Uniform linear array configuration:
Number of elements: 4
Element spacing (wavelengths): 0.25
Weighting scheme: hamming
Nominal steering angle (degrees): -45
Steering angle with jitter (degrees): -43.494
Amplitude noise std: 0.05
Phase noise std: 0.05

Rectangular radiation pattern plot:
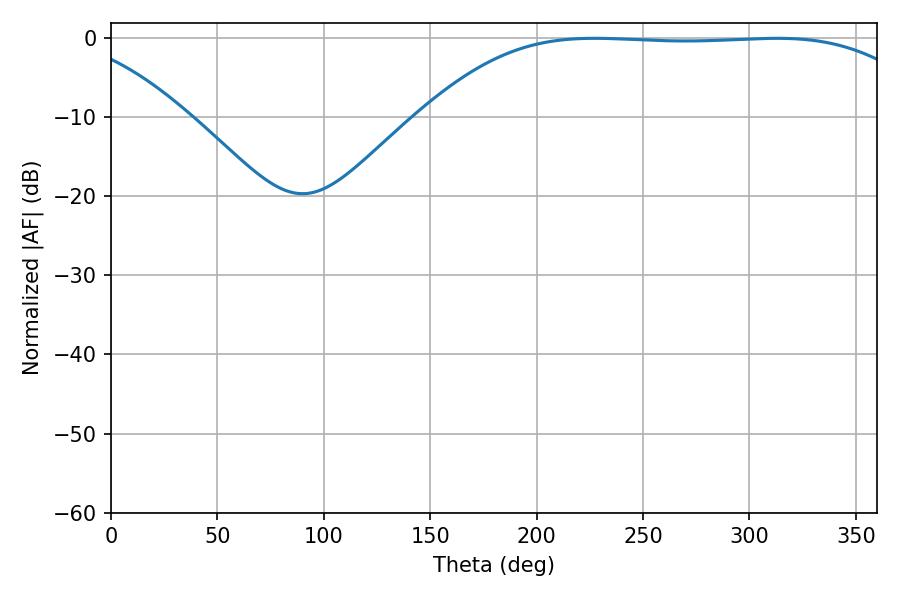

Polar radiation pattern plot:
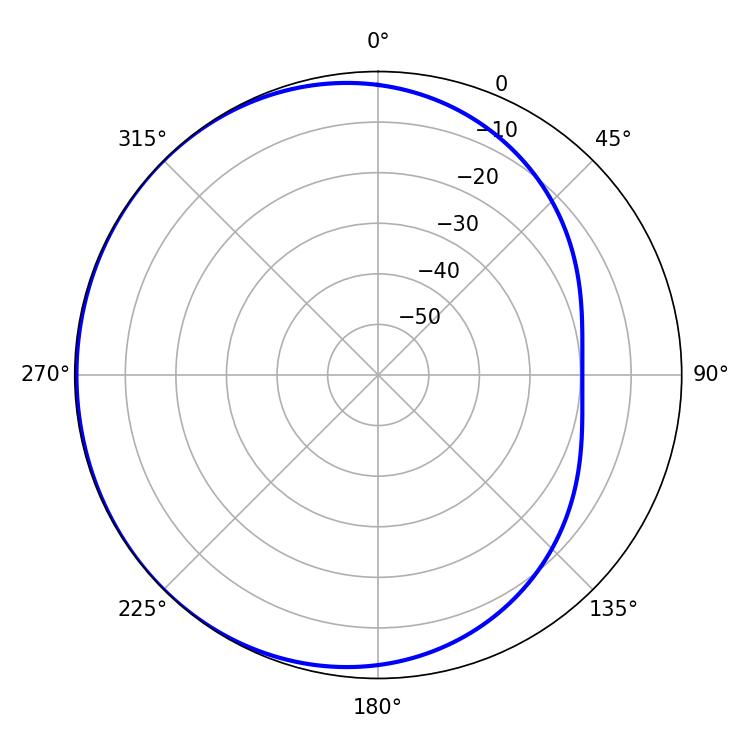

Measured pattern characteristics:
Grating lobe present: FALSE
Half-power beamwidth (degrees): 182.52
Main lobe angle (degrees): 227.16